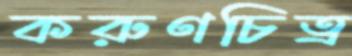
করুণচিত্র